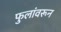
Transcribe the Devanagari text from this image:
फुलांवरून